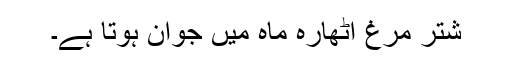
شتر مرغ اٹھارہ ماہ میں جوان ہوتا ہے۔